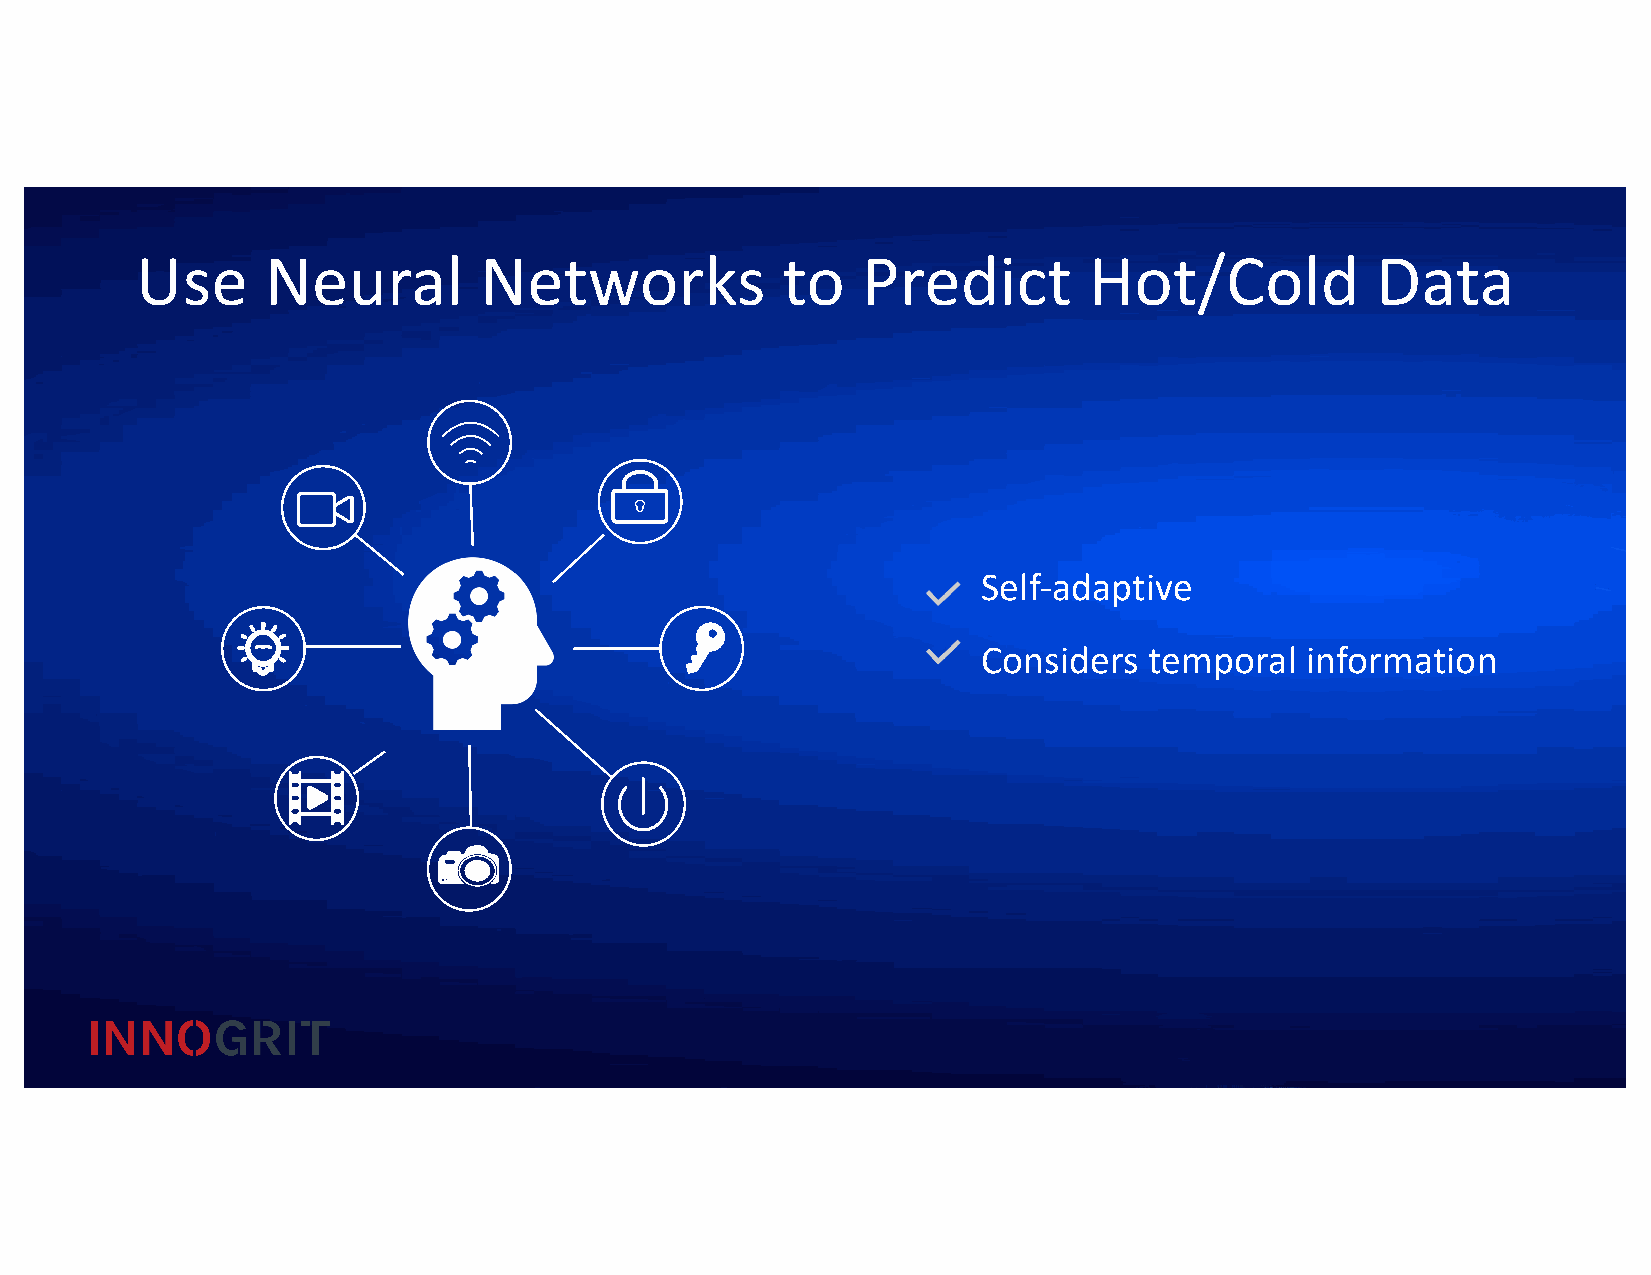
Use      Neural        Networks            to   Predict        Hot/Cold           Data
 Self-adaptive
 Considers  temporal  information